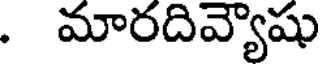
. మారదివ్యాషు